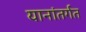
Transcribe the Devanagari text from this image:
यानांतर्गत